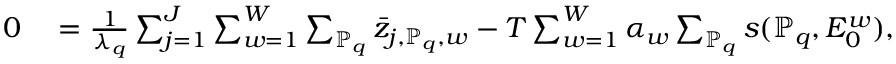
\begin{array} { r l } { 0 } & { { } = \frac { 1 } { \lambda _ { q } } \sum _ { j = 1 } ^ { J } \sum _ { w = 1 } ^ { W } \sum _ { \mathbb { P } _ { q } } \bar { z } _ { j , \mathbb { P } _ { q } , w } - T \sum _ { w = 1 } ^ { W } \alpha _ { w } \sum _ { \mathbb { P } _ { q } } s ( \mathbb { P } _ { q } , E _ { 0 } ^ { w } ) , } \end{array}